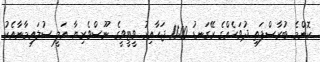
ކޮންމެ ބުރާސްފަތި ދުވަހެއްގެ ރޭގަނޑު 11:00 ޖަހާއިރު ވީޓީވީގެ ނޫސްވެރިޔާ އަލީ ސުލައިމާނާއެކު